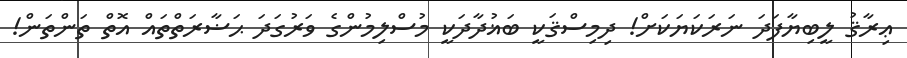
ޢިރާޤު ލީބިޔާފަދަ ނަރަކަޔަކަށް! ދިމިސްޤަކީ ބަޣުދާދަކީ މުސްލިމުންގެ ވަރުގަދަ ޙަޟާރަތްތައް އޮތް ތަންތަން!